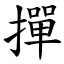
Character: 撣